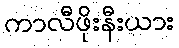
ကာလီဖိုးနီးယား